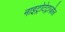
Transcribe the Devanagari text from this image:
नाइट्रोटेट्राज़ोल